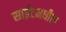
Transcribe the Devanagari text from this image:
साईटमधील